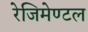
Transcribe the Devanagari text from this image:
रेजिमेण्टल